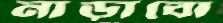
নাড়াবো